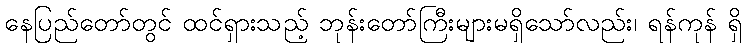
နေပြည်တော်တွင် ထင်ရှားသည့် ဘုန်းတော်ကြီးများမရှိသော်လည်း၊ ရန်ကုန် ရှိ